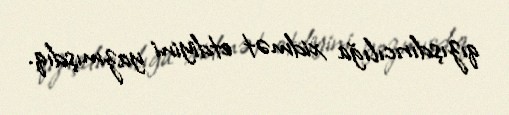
qızışdırıcılığa xidmət etdiyini yazmışdıq.